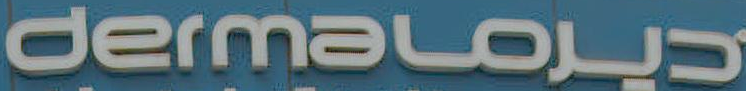
dermaloUS